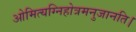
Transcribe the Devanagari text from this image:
ओमित्यग्निहोत्रमनुजानति।